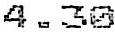
4.30